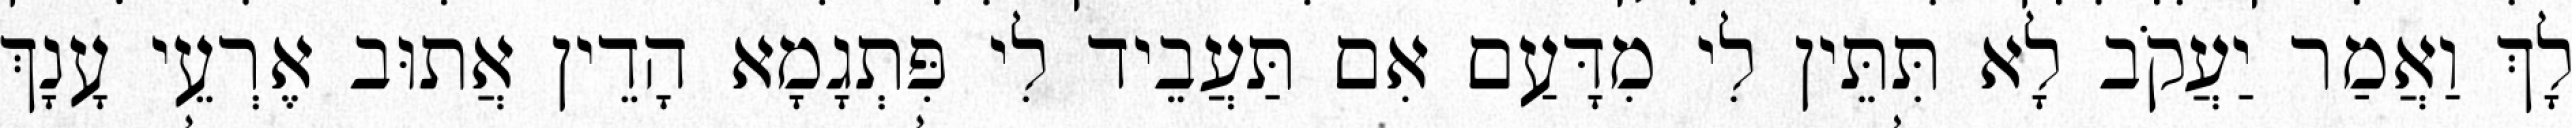
לָךְ וַאֲמַר יַעֲקֹב לָא תִּתֵּין לִי מִדָּעַם אִם תַּעֲבֵיד לִי פִּתְגָמָא הָדֵין אֲתוּב אֶרְעֵי עָנָךְ